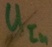
Text: UIn